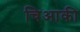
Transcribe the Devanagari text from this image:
चिआकी